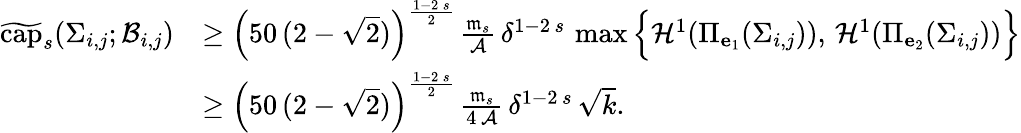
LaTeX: \begin{array}{rl}{\widetilde{\mathrm{cap}}_{s}(\Sigma_{i,j};\mathcal{B}_{i,j})}&{\ge\left(50\, (2-\sqrt{2})\right)^{\frac{1-2\, s}{2}}\, \frac{\mathfrak{m}_{s}}{\mathcal{A}}\, \delta^{1-2\, s}\, \operatorname*{max}\Big\{ \mathcal{H}^{1}(\Pi_{\mathbf{e}_{1}}(\Sigma_{i,j})),\, \mathcal{H}^{1}(\Pi_{\mathbf{e}_{2}}(\Sigma_{i,j}))\Big\} }\\ &{\ge\left(50\, (2-\sqrt{2})\right)^{\frac{1-2\, s}{2}}\, \frac{\mathfrak{m}_{s}}{4\, \mathcal{A}}\, \delta^{1-2\, s}\, \sqrt{k}.}\end{array}